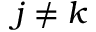
j \neq k